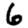
Digit: 6